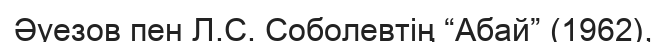
Әуезов пен Л.С. Соболевтің “Абай” (1962),